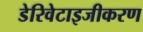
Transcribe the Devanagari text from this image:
डेरिवेटाइजीकरण